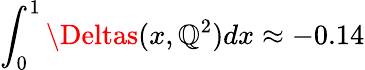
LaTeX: \int_{0}^{1}\Deltas(x,\mathbb{Q}^{2})dx\approx-0.14